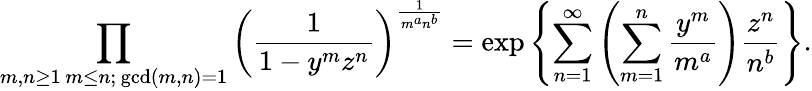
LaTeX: \prod_{\substack{m,n\geq 1\, m\leq n;\, \operatorname*{gcd}(m,n)=1}}\left(\frac{1}{1-y^{m}z^{n}}\right)^{\frac{1}{m^{a}n^{b}}}=\exp\left\{ \sum_{n=1}^{\infty}\left(\sum_{m=1}^{n}\frac{y^{m}}{m^{a}}\right)\frac{z^{n}}{n^{b}}\right\} .